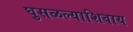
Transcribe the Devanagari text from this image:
घुसळल्याशिवाय